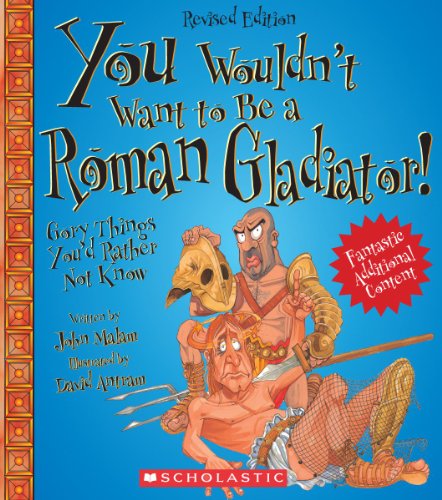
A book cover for You Wouldn't Want to Be a Roman Gladiator!: Gory Things You'd Rather Not Know; John Malam; Children's Books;